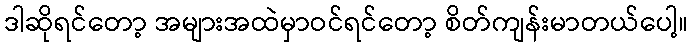
ဒါဆိုရင်တော့ အများအထဲမှာဝင်ရင်တော့ စိတ်ကျန်းမာတယ်ပေါ့။